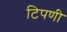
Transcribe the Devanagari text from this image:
टिपणी